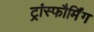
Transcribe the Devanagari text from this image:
ट्रांस्फौर्मिंग